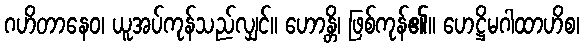
ဂဟိတာနေဝ၊ ယူအပ်ကုန်သည်လျှင်။ ဟောန္တိ၊ ဖြစ်ကုန်၏။ ဟေဋ္ဌိမဂါထာဟိစ၊